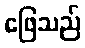
ဖြေသည်